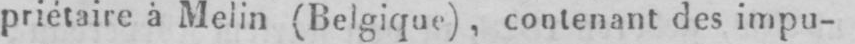
priétaire à x (Belgique), contenant des impu-